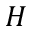
H